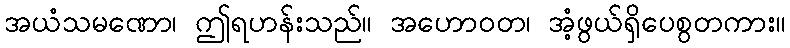
အယံသမဏော၊ ဤရဟန်းသည်။ အဟောဝတ၊ အံ့ဖွယ်ရှိပေစွတကား။